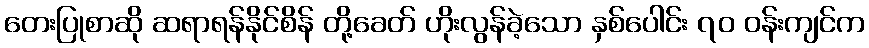
တေးပြုစာဆို ဆရာရန်နိုင်စိန် တို့ခေတ် ဟိုးလွန်ခဲ့သော နှစ်ပေါင်း ၇၀ ဝန်းကျင်က